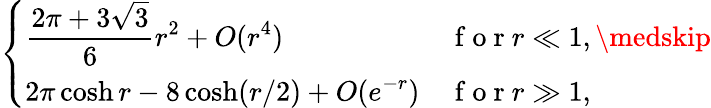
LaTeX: \left\{ \begin{array}{ll}{\displaystyle\frac{2\pi+3\sqrt{3}}{6}r^{2}+O(r^{4})}&{\mathrm{~f~o~r~}r\ll 1,\medskip}\\ {\displaystyle 2\pi\cosh r-8\cosh(r/2)+O(e^{-r})}&{\mathrm{~f~o~r~}r\gg 1,}\end{array}\right.